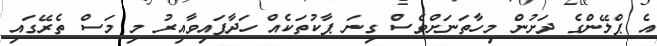
އެ ޕްލޭންގެ ދަށުން މިހާތަނަށްވެސް ގިނަ ޕާކުތަކެއް ހަދާފައިވާއިރު މި މަސް ތެރޭގައި